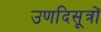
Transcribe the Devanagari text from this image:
उणदिसूत्रों